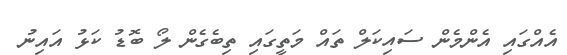
އެއްގައި އެންމެން ސައިކަލް ތައް މަތީގައި ތިބެގެން ލޯ ބޮޑު ކަޅު އައިނު